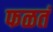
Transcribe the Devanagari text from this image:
फळतं